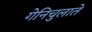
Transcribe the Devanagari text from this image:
गेनिचुलाते